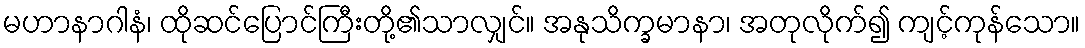
မဟာနာဂါနံ၊ ထိုဆင်ပြောင်ကြီးတို့၏သာလျှင်။ အနုသိက္ခမာနာ၊ အတုလိုက်၍ ကျင့်ကုန်သော။